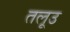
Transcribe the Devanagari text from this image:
तलूउ